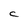
Character: c